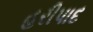
હરીપાદ